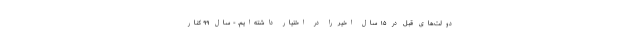
دولت‌های قبل در ۱۵ سال اخیر را در اختیار داشته‌ایم. - سال ۹۹ کنار